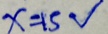
x = 1 5 V